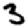
Digit: 3